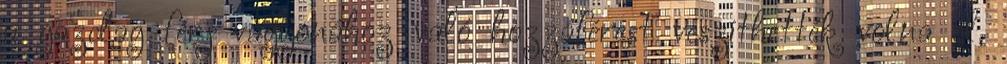
a gazdag férj vagyonához való hozzáférést veszíthették volna el,